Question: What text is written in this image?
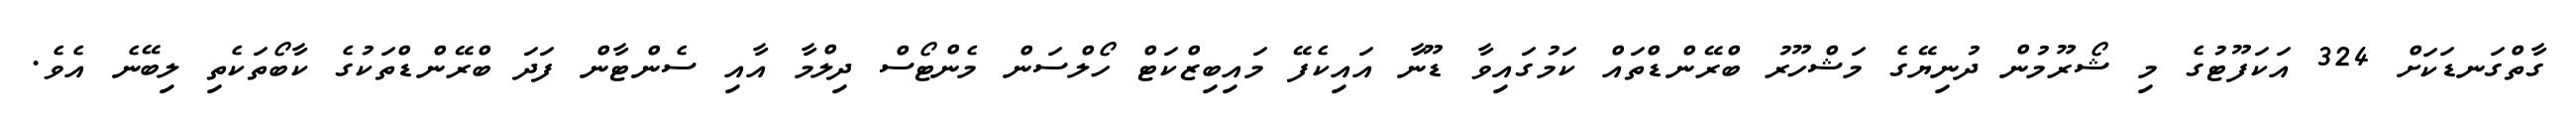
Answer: ގާތްގަނޑަކަށް 324 އަކަފޫޓުގެ މި ޝޯރޫމުން ދުނިޔޭގެ މަޝްހޫރު ބްރޭންޑްތައް ކަމުގައިވާ ޑޫނާ އައިކެފޭ މައިބިޒްކަޓް ހޯލްސަން މެންޓޯސް ދިލްމާ އާއި ސެންޓާން ފަދަ ބްރޭންޑްތަކުގެ ކާބޯތަކެތި ލިބޭނެ އެވެ.